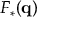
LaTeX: F _ { * } ( \mathbf { q } )